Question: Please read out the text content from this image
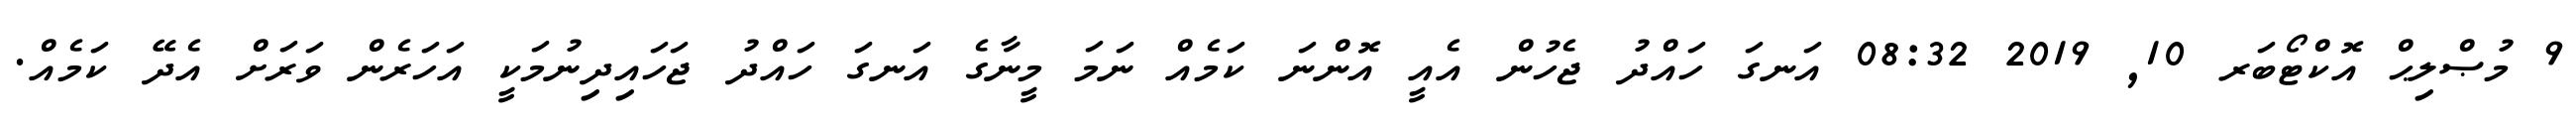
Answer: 9 މުޞްލިޙް އޮކްޓޯބަރ 10, 2019 08:32 އަނގަ ހައްދު ޖެހުން އެއީ އޮންނަ ކަމެއް ނަމަ މީނާގެ އަނގަ ހައްދު ޖަހައިދިނުމަކީ އަހަރެން ވަރަށް އެދޭ ކަމެއް.